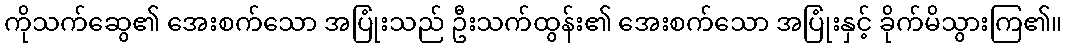
ကိုသက်ဆွေ၏ အေးစက်သော အပြုံးသည် ဦးသက်ထွန်း၏ အေးစက်သော အပြုံးနှင့် ခိုက်မိသွားကြ၏။